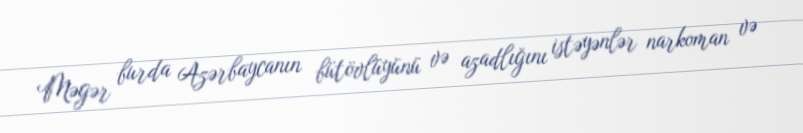
Məgər burda Azərbaycanın bütövlüyünü və azadlığını istəyənlər narkoman və